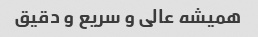
همیشه عالی و سریع و دقیق